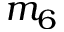
m _ { 6 }